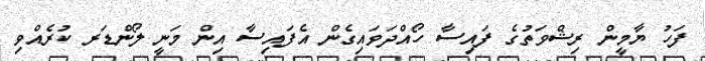
ފަހު ޔާމީން ރިޝްވަތުގެ ފައިސާ ހޯއްދަވައިގެން އެފައިސާ އިން މަނީ ލޯންޑަރ ކުރެއްވި